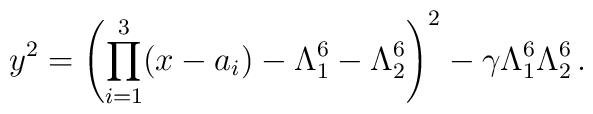
y^2=\left(\prod_{i=1}^3 (x-a_i)-\Lambda_1^6-\Lambda_2^6\right)^2-\gamma\Lambda_1^6\Lambda_2^6\, .